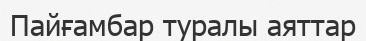
Пайғамбар туралы аяттар